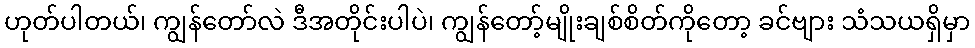
ဟုတ်ပါတယ်၊ ကျွန်တော်လဲ ဒီအတိုင်းပါပဲ၊ ကျွန်တော့်မျိုးချစ်စိတ်ကိုတော့ ခင်ဗျား သံသယရှိမှာ